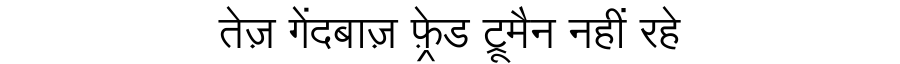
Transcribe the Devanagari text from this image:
तेज़ गेंदबाज़ फ़्रेड ट्रूमैन नहीं रहे